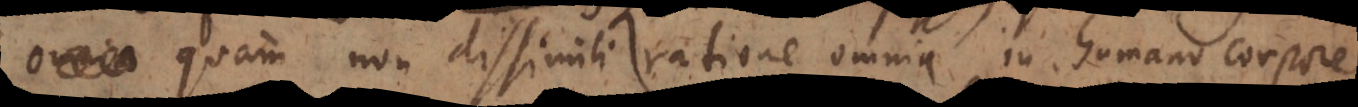
quam non dissimili ratione omnia in humano corpore